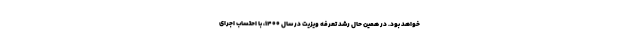
خواهد بود. در همین حال رشد تعرفه ویزیت در سال ۱۴۰۰، با احتساب اجرای